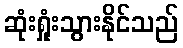
ဆုံးရှုံးသွားနိုင်သည်